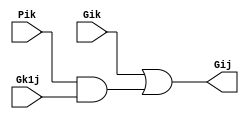
module grey_box(Gik, Pik, Gk1j, Gij
	);

	// Assigning ports as in/out
	input Gik, Pik, Gk1j;
	output Gij;

	// Logic
	// Gij = Gik + (Pik*Gk1j)
	wire w1;
	and g1(w1, Pik, Gk1j);
	or g2(Gij, Gik, w1);

endmodule